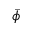
\bar { \phi }